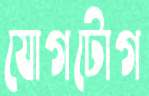
যোগটোগ